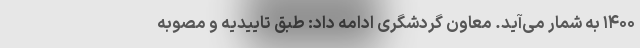
۱۴۰۰ به شمار می‌آید. معاون گردشگری ادامه داد: طبق تاییدیه و مصوبه